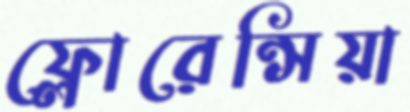
ফ্লোরেন্সিয়া